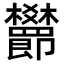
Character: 𬅖